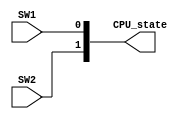

//`timescale 1ns / 1ps

module CPU_Controller(SW1,SW2,CPU_state);

input SW1,SW2;
output [1:0] CPU_state;

assign CPU_state = {SW2,SW1};

endmodule